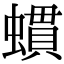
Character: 䗰